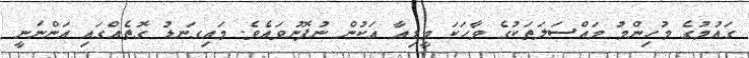
ގައުމުގެ މުހިންމު މައްސަލަތަކުގެ ވާހަކަ މީޑިއާ އަކުން ނުފޮނުވައެވެ. މައިގަނޑު ގޮތެއްގައި އަންނަނީ